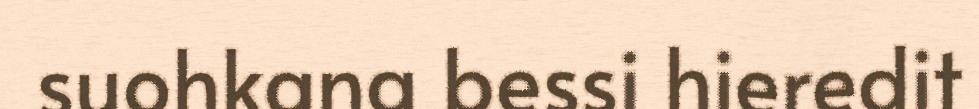
suohkana bessi hieredit